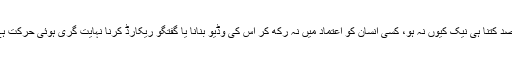
مقصد کتنا ہی نیک کیوں نہ ہو، کسی انسان کو اعتماد میں نہ رکھ کر اس کی وڈیو بنانا یا گفتگو ریکارڈ کرنا نہایت گری ہوئی حرکت ہے۔